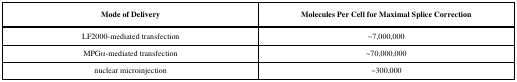
<table><thead><tr><td><b>Mode of Delivery</b></td><td><b>Molecules Per Cell for Maximal Splice Correction</b></td></tr></thead><tbody><tr><td>LF2000-mediated transfection</td><td>~7,000,000</td></tr><tr><td>MPGα -mediated transfection</td><td>~70,000,000</td></tr><tr><td>nuclear microinjection</td><td>~300,000</td></tr></tbody></table>